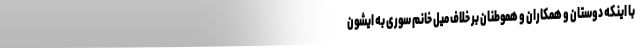
با اینکه دوستان و همکاران و هموطنان بر خلاف میل خانم سوری به ایشون